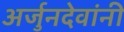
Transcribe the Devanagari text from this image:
अर्जुनदेवांनी